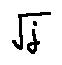
\sqrt { j }